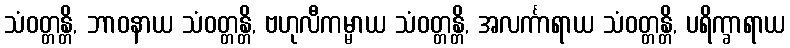
သံဝတ္တန္တိ, ဘာဝနာယ သံဝတ္တန္တိ, ဗဟုလီကမ္မာယ သံဝတ္တန္တိ, အလင်္ကာရာယ သံဝတ္တန္တိ, ပရိက္ခာရာယ